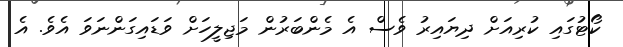
ކޯޓުގައި ކުރިއަށް ދިޔައިރު ވެސް އެ މެންބަރުން މަޖިލީހަށް ވަޑައިގަންނަވަ އެވެ. އެ